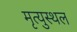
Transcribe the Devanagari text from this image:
मृत्युस्थल